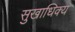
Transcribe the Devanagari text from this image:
सुखाधिक्य